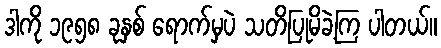
ဒါကို ၁၉၅၈ ခုနှစ် ရောက်မှပဲ သတိပြုမိခဲ့ကြ ပါတယ်။